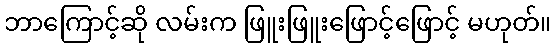
ဘာကြောင့်ဆို လမ်းက ဖြူးဖြူးဖြောင့်ဖြောင့် မဟုတ်။